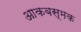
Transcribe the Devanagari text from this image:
आकबस्मक